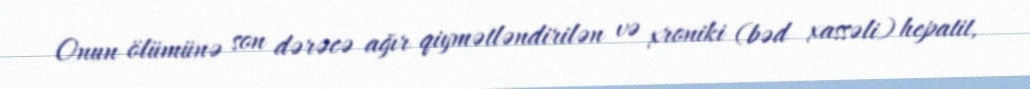
Onun ölümünə son dərəcə ağır qiymətləndirilən və xroniki (bəd xassəli) hepatit,